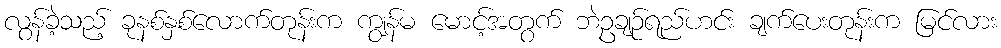
လွန်ခဲ့သည့် ခုနစ်နှစ်လောက်တုန်းက ကျွန်မ မောင့်အတွက် ဘဲဥချဉ်ရည်ဟင်း ချက်ပေးတုန်းက မြင်လား